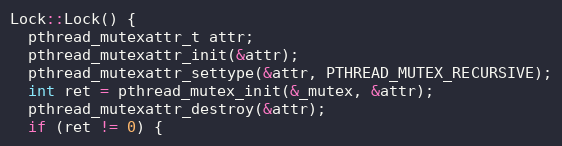
Language: C++
Lock::Lock() {
  pthread_mutexattr_t attr;
  pthread_mutexattr_init(&attr);
  pthread_mutexattr_settype(&attr, PTHREAD_MUTEX_RECURSIVE);
  int ret = pthread_mutex_init(&_mutex, &attr);
  pthread_mutexattr_destroy(&attr);
  if (ret != 0) {